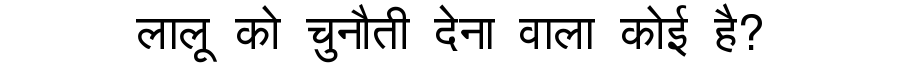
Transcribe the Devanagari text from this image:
लालू को चुनौती देना वाला कोई है?